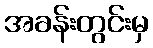
အခန်းတွင်းမှ